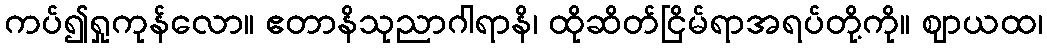
ကပ်၍ရှုကုန်လော။ ဧတာနိသုညာဂါရာနိ၊ ထိုဆိတ်ငြိမ်ရာအရပ်တို့ကို။ ဈာယထ၊